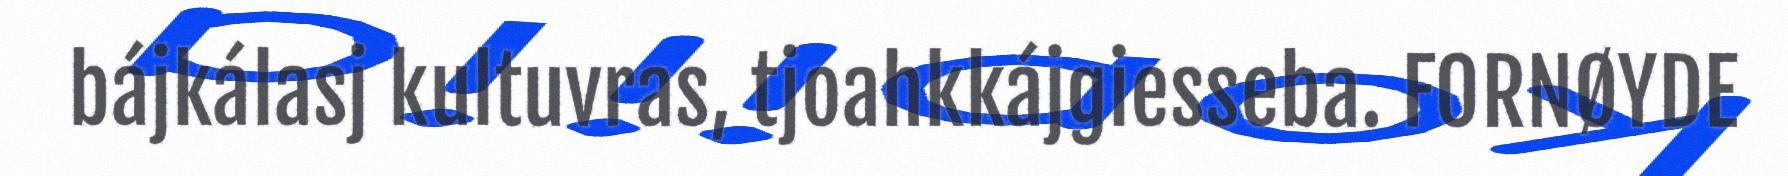
bájkálasj kultuvras, tjoahkkájgiesseba. FORNØYDE